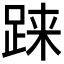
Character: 𫏌